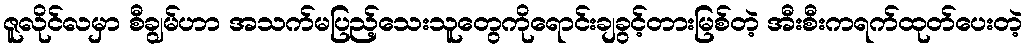
ဇူလိုင်လမှာ စီချွမ်ဟာ အသက်မပြည့်သေးသူတွေကိုရောင်းချခွင့်တားမြစ်တဲ့ အီးစီးကရက်ထုတ်ပေးတဲ့